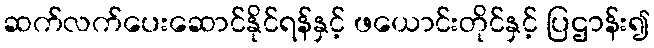
ဆက်လက်ပေးဆောင်နိုင်ရန်နှင့် ဖယောင်းတိုင်နှင့် ပြဌာန်း၍